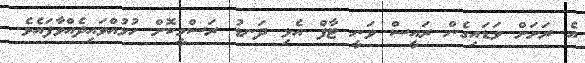
އެ ރަށަށް ވަޑައިގެން ރައީސް ވަނީ ޓާފް އެޅި ދަނޑު ރަސްމީކޮށް ހުޅުއްވައިދެއްވާފައެވެ.